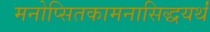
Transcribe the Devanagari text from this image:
मनोप्सितकामनासिद्धयर्थं